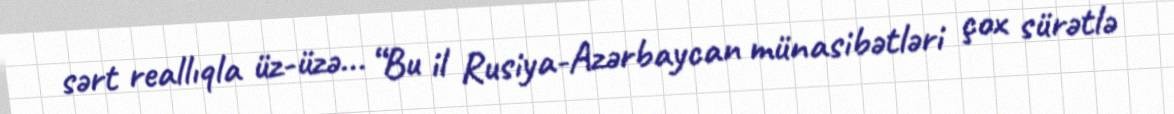
sərt reallıqla üz-üzə... “Bu il Rusiya-Azərbaycan münasibətləri çox sürətlə